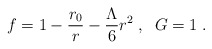
\begin{align*}f = 1 - \frac{r_0}{r} - \frac{\Lambda}{6} r^2 \; , \; \; G = 1 \; .\end{align*}